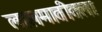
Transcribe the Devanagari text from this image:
लालमातीतला